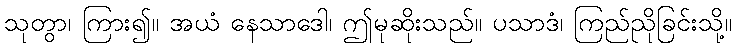
သုတွာ၊ ကြား၍။ အယံ နေသာဒေါ၊ ဤမုဆိုးသည်။ ပသာဒံ၊ ကြည်ညိုခြင်းသို့။